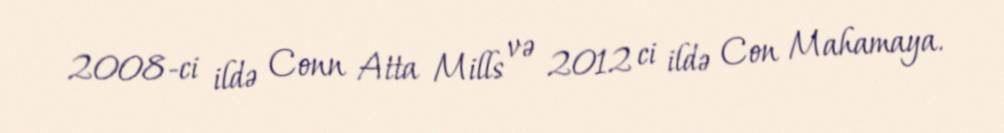
2008-ci ildə Conn Atta Mills və 2012 ci ildə Con Mahamaya.